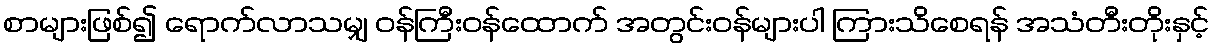
စာများဖြစ်၍ ရောက်လာသမျှ ဝန်ကြီးဝန်ထောက် အတွင်းဝန်များပါ ကြားသိစေရန် အသံတီးတိုးနှင့်